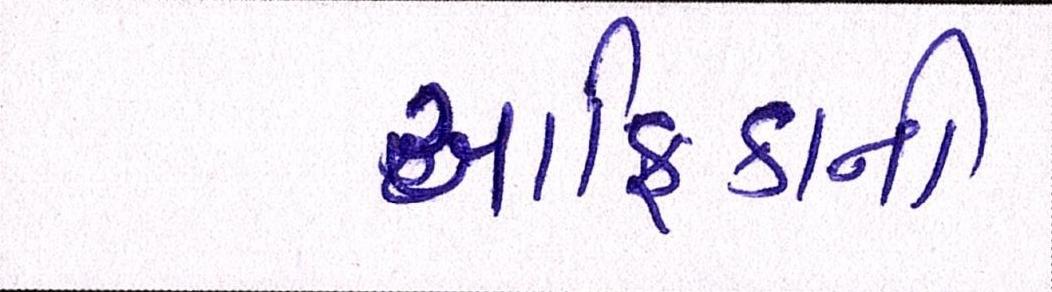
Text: આફ્રિકાની